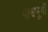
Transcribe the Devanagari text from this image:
पाश्वभूमी